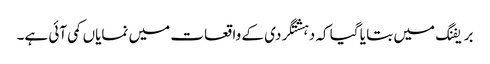
بریفنگ میں بتا یا گیا کہ دہشتگردی کے واقعات میں نمایاں کمی آئی ہے۔